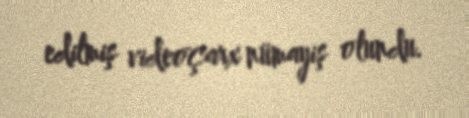
edilmiş videoçarx nümayiş olundu.